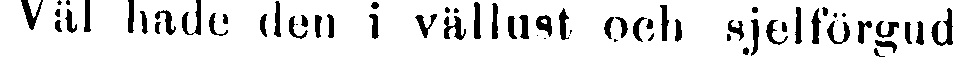
Väl hade den i vällust och sjelförgud